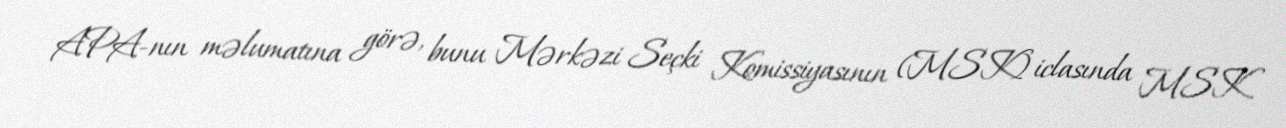
APA-nın məlumatına görə, bunu Mərkəzi Seçki Komissiyasının (MSK) iclasında MSK